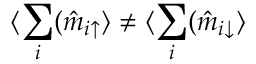
\langle \sum _ { i } ( \hat { m } _ { i \uparrow } \rangle \ne \langle \sum _ { i } ( \hat { m } _ { i \downarrow } \rangle